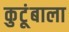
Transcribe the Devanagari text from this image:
कुटूंबाला